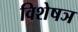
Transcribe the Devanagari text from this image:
विशेषञ